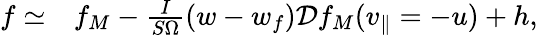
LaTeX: \begin{array}{rl}{f\simeq}&{{}f_{M}-\frac{I}{S\Omega}\left(w-w_{f}\right)\mathcal{D}f_{M}(v_{\parallel}=-u)+h,}\end{array}